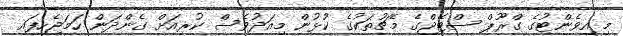
މި އިވެންޓުގެ ގްރޫޕް ސްޓޭޖްގެ މެޗުތަކުގެ ކުޅުން މިއަދުވެސް ކުރިއަށް ގެންދަން ހަމަޖެހިފައި